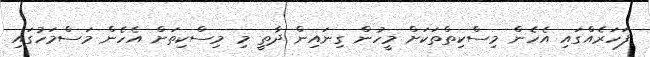
ފަހަރެއްގައި އެހެން މިސްކިތްތަކަށް މީހުން ގިނައިން ދާތީ މި މިސްކިތަށް އެހެން މަސްމަހުގައި